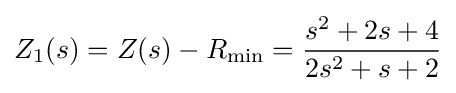
Z_{1}(s)=Z(s)-R_{\text{min}}={\frac {s^{2}+2s+4}{2s^{2}+s+2}}